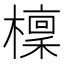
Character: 檁